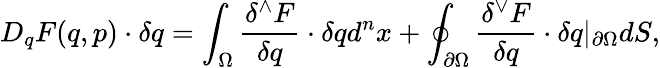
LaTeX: D_{q}F(q,p)\cdot\delta q=\int_{{\Omega}}{\frac{\delta^{\wedge}F}{\delta q}}\cdot\delta qd^{n}x+\oint_{\partial{\Omega}}{\frac{\delta^{\vee}F}{\delta q}}\cdot\delta q\vert_{\partial{\Omega}}dS,